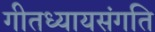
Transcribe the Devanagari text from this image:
गीतध्यायसंगति